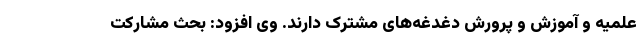
علمیه و آموزش و پرورش دغدغه‌های مشترک دارند. وی افزود: بحث مشارکت